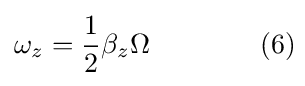
\omega _{z}={\frac {1}{2}}\beta _{z}\Omega \qquad \qquad (6)\!